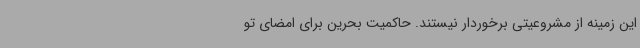
این زمینه از مشروعیتی برخوردار نیستند. حاکمیت بحرین برای امضای تو